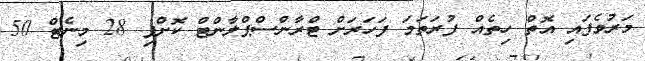
މަރުވެފައި އޮތް ހިތެއް ފުރަތަމަ ފަހަރަށް ޓްރާންސްޕްލާންޓް ކޮށްފި 28 މިނެޓް 50